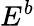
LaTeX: E^{b}